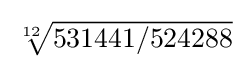
{\textstyle {\sqrt[{12}]{531441/524288}}}